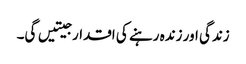
زندگی اور زندہ رہنے کی اقدار جیتیں گی۔